Lunatic asylums Madras 1877-1891 - 1877-1891
Year: 1877
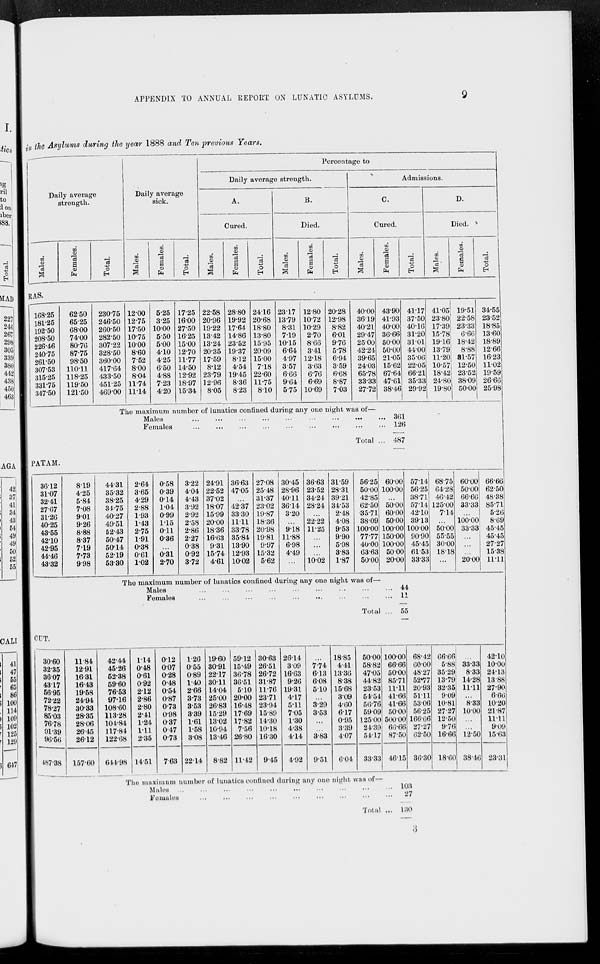
APPENDIX TO ANNUAL REPORT ON LUNATIC ASYLUMS.
9
in the Asylums during the year 1888 and Ten previous Years.
Daily average
strength.
Males.
Females.
Total.
Daily average
sick.
Males.
Females.
Total.
Percentage to
Daily average strength.
A.
Cured.
Males.
Females.
Total.
B.
Died.
Males.
Females.
Total.
Admissions.
C.
Cured.
Mal es .
RAS.
168.25
181.25
192.50
208.50
226.46
240.75
261.50
307.53
315.25
331.75
347.50
62.50
65.25
68.00
74.00
80.76
87.75
98.50
110.11
118.25
119.50
121.50
230.75
246.50
260.50
282.50
307.22
328.50
360.00
417.64
433.50
451.25
469.00
12.00
12.75
17.50
10.75
10.00
8.60
7.52
8.00
8.04
11.74
11.14
5.25
3.25
10.00
5.50
5.00
4.10
4.25
6.50
4.88
7.23
4.20
17.25
16.00
27.50
16.25
15.00
12.70
11.77
14.50
12.92
18.97
15.34
22.58
20.96
19.22
13.42
13.24
20.35
17.59
8.12
23.79
32.96
8.05
28.80
19.92
17.64
14.86
23.52
19.37
8.12
4.54
19.45
8.36
8.23
24.16
20.68
18.80
13.80
15.95
20.09
15.00
7.18
22.60
11.75
8.10
23.17
13.79
8.31
7.19
10.15
6.64
4.97
3.57
6.66
9.64
5.75
12.80
10.72
10.29
2.70
8.66
3.41
12.18
3.63
6.76
6.69
10.69
20.28
12.98
8.82
6.01
9.76
5.78
6.94
3.59
6.68
8.87
7.03
40.00
36.19
40.21
29.47
25.00
42.24
39.65
24.03
65.78
33.33
27.72
The maximum number of lunatics confined during any one night was of—
Males
...
...
...
...
...
...
...
...
Females
...
...
...
...
...
...
...
...
Total ...
Females.
Total.
D.
Died.
Males.
Females.
Total.
43.90
41.93
40.00
36.66
50.00
50.00
21.05
15.62
67.64
47.61
38.46
41.17
37.50
40.16
31.20
31.01
44.00
35.06
22.05
66.21
35.33
29.92
41.05
23.80
17.39
15.78
19.16
13.79
11.20
10.57
18.42
24.80
19.80
19.51
22.58
23.33
6.66
18.42
8.88
81.57
12.50
23.52
38.09
50.00
34.55
23.52
18.85
13.60
18.89
12.66
16.23
11.02
19.59
26.66
25.98
361
126
487
PATAM.
36.12
31.07
32.41
27.67
31.26
40.25
43.55
42.10
42.95
44.46
43.32
8.19
4.25
5.84
7.08
9.01
9.26
8.88
8.37
7.19
7.73
9.98
44.31
35.32
38.25
34.75
40.27
49.51
52.43
50.47
50.14
52.19
53.30
2.64
3.65
4.29
2.88
1.93
1.43
2.75
1.91
0.38
0.61
1.02
0.58
0.39
0.14
1.04
0.99
1.15
0.11
0.36
...
0.31
2.70
3.22
4.04
4.43
3.92
2.92
2.58
2.86
2.27
0.38
0.92
3.72
24.91
22.52
37.02
18.07
15.99
20.00
18.36
16.63
9.31
15.74
4.61
36.63
47.05
...
42.37
33.30
11.11
33.78
35.84
13.90
12.93
10.02
27.08
25.48
31.37
23.02
19.87
18.36
20.98
19.81
9.97
15.32
5.62
30.45
28.96
40.11
36.14
3.20
...
9.18
11.88
6.98
4.49
...
36.63
23.52
34.24
28.24
...
22.22
11.25
...
...
...
10.02
31.59
28.31
39.21
34.53
2.48
4.08
9.53
9.90
5.98
3.83
1.87
56.25
50.00
42.85
62.50
35.71
38.09
100.00
77.77
40.00
63.63
50.00
60.00
100.00
...
50.00
60.00
50.00
100.00
150.00
100.00
50.00
20.00
57.14
56.25
38.71
57.14
42.10
39.13
100.00
90.90
45.45
61.53
33.33
68.75
64.28
46.42
125.00
7.14
...
50.00
55.55
30.00
18.18
...
60.00
50.00
66.66
33.33
...
100.00
33.38
...
...
...
20.00
66.66
62.50
48.38
85.71
5.26
8.69
45.45
45.45
27.27
15.38
11.11
The maximum number of lunatics confined during any one night was of—
Males ... ... ... ... ... ... ... ...
Females ... ... ... ... ... ... ... ...
Total ...
44
11
55
CUT.
30.60
32.35
36.07
43.17
56.95
72.22
78.27
85.03
76.78
91.39
96.56
487.38
11.84
12.91
16.31
16.43
19.58
24.94
30.33
28.35
28.06
26.45
26.12
157.60
42.44
45.26
52.38
59.60
76.53
97.16
108.60
113.28
104.84
117.84
122.68
644.98
1.14
0.48
0.61
0.92
2.12
2.86
2.80
2.41
1.24
1.11
2.35
14.51
0.12
0.07
0.28
0.48
0.54
0.87
0.73
0.98
0.37
0.47
0.73
763
1.26
0.55
0.89
1.40
2.66
3.73
3.53
3.39
1.61
1.58
3.08
2214
19.60
30.91
22.17
30.11
14.04
25.00
26.83
15.29
13.02
10.94
13.46
8.82
59.12
15.49
36.78
36.51
5.10
20.00
16.48
17.69
17.82
7.56
26.80
11.42
30.63
26.51
26.72
31.87
11.76
23.71
23.94
15.89
14.30
10.18
16.30
9.45
26.14
3.09
16.63
9.26
19.31
4.17
5.11
7.05
1.30
4.88
4.14
4.92
...
7.74
6.13
6.08
5.10
...
3.29
3.53
...
...
3.83
9.51
18.85
4.41
13.36
8.38
15.68
3.09
4.60
6.17
0.95
3.39
4.07
6.04
50.00
58.82
47.05
44.82
23.53
54.54
56.76
59.09
125.00
24.39
54.17
33.33
100.00
66.66
50.00
85.71
11.11
41.66
41.66
50.00
500.00
66.66
87.50
46.15
68.42
60.00
48.27
52.77
20.93
51.11
53.06
56.25
166.66
27.27
62.50
36.30
66.66
5.88
35.29
13.79
32.35
9.09
10.81
27.27
12.50
9.76
16.66
18.60
...
33.38
8.33
14.28
11.11
...
8.33
10.00
...
...
12.50
38.46
42.10
10.00
24.13
13.88
27.90
6.66
10.20
21.87
11.11
9.09
15.63
23.31
The maximum number of lunatics confined during any one night was of—
Males
...
...
...
...
...
...
...
...
...
Females
...
...
...
...
...
...
...
...
...
Total ...
103
27
130
3